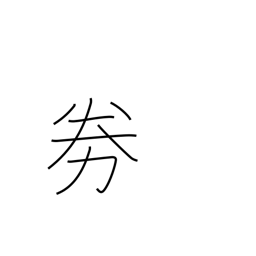
Meaning: become fatigued